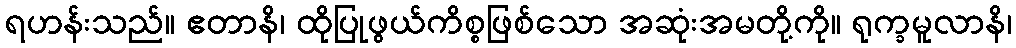
ရဟန်းသည်။ ဧတာနိ၊ ထိုပြုဖွယ်ကိစ္စဖြစ်သော အဆုံးအမတို့ကို။ ရုက္ခမူလာနိ၊